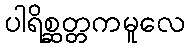
ပါရိစ္ဆတ္တကမူလေ